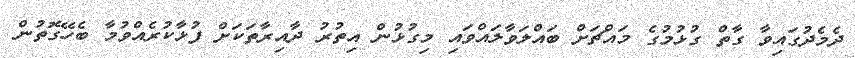
ދެމެދުގައިވާ ގާތް ގުޅުމުގެ މައްޗަށް ބައްލަވާލައްވައި މިގުޅުން އިތުރު ދާއިރާތަކަށް ފުޅާކުރެއްވުމާ ބެހޭގޮތުން